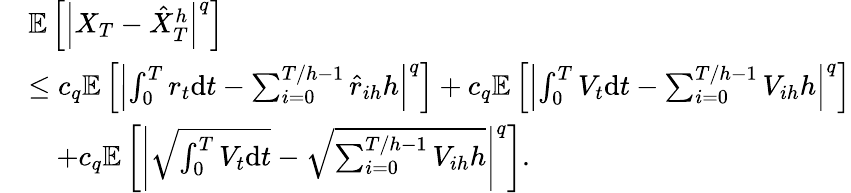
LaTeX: \begin{array}{rl}&{\mathbb{E}\left[\left|X_{T}-\hat{X}_{T}^{h}\right|^{q}\right]}\\ &{\leq c_{q}\mathbb{E}\left[\left|\int_{0}^{T}r_{t}\mathrm{d}t-\sum_{i=0}^{T/h-1}\hat{r}_{ih}h\right|^{q}\right]+c_{q}\mathbb{E}\left[\left|\int_{0}^{T}V_{t}\mathrm{d}t-\sum_{i=0}^{T/h-1}V_{ih}h\right|^{q}\right]}\\ &{\quad+c_{q}\mathbb{E}\left[\left|\sqrt{\int_{0}^{T}V_{t}\mathrm{d}t}-\sqrt{\sum_{i=0}^{T/h-1}V_{ih}h}\right|^{q}\right].}\end{array}